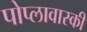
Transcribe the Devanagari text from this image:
पोप्लावास्की